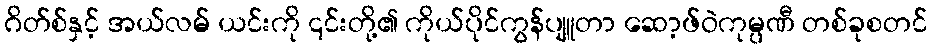
ဂိတ်စ်နှင့် အယ်လမ် ယင်းကို ၎င်းတို့၏ ကိုယ်ပိုင်ကွန်ပျူတာ ဆော့ဖ်ဝဲကုမ္ပဏီ တစ်ခုစတင်